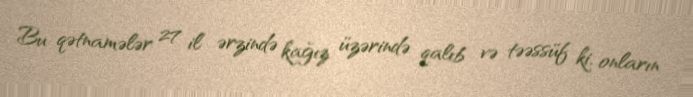
Bu qətnamələr 27 il ərzində kağız üzərində qalıb və təəssüf ki, onların